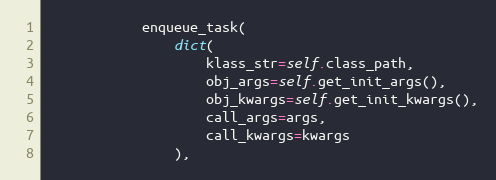
Language: Python
            enqueue_task(
                dict(
                    klass_str=self.class_path,
                    obj_args=self.get_init_args(),
                    obj_kwargs=self.get_init_kwargs(),
                    call_args=args,
                    call_kwargs=kwargs
                ),